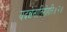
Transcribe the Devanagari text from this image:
यदन्नेनातिरोहति॥२॥